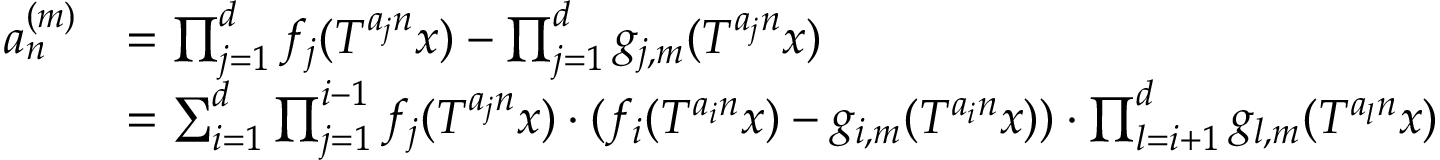
\begin{array} { r l } { a _ { n } ^ { ( m ) } } & { = \prod _ { j = 1 } ^ { d } f _ { j } ( T ^ { a _ { j } n } x ) - \prod _ { j = 1 } ^ { d } g _ { j , m } ( T ^ { a _ { j } n } x ) } \\ & { = \sum _ { i = 1 } ^ { d } \prod _ { j = 1 } ^ { i - 1 } f _ { j } ( T ^ { a _ { j } n } x ) \cdot ( f _ { i } ( T ^ { a _ { i } n } x ) - g _ { i , m } ( T ^ { a _ { i } n } x ) ) \cdot \prod _ { l = i + 1 } ^ { d } g _ { l , m } ( T ^ { a _ { l } n } x ) } \end{array}